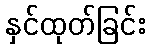
နှင်ထုတ်ခြင်း